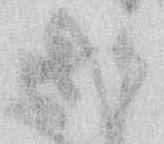
あ